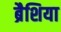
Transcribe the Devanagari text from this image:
ब्रैशिया